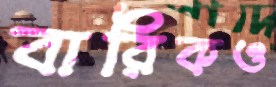
বারিকও